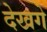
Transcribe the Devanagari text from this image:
देखगे